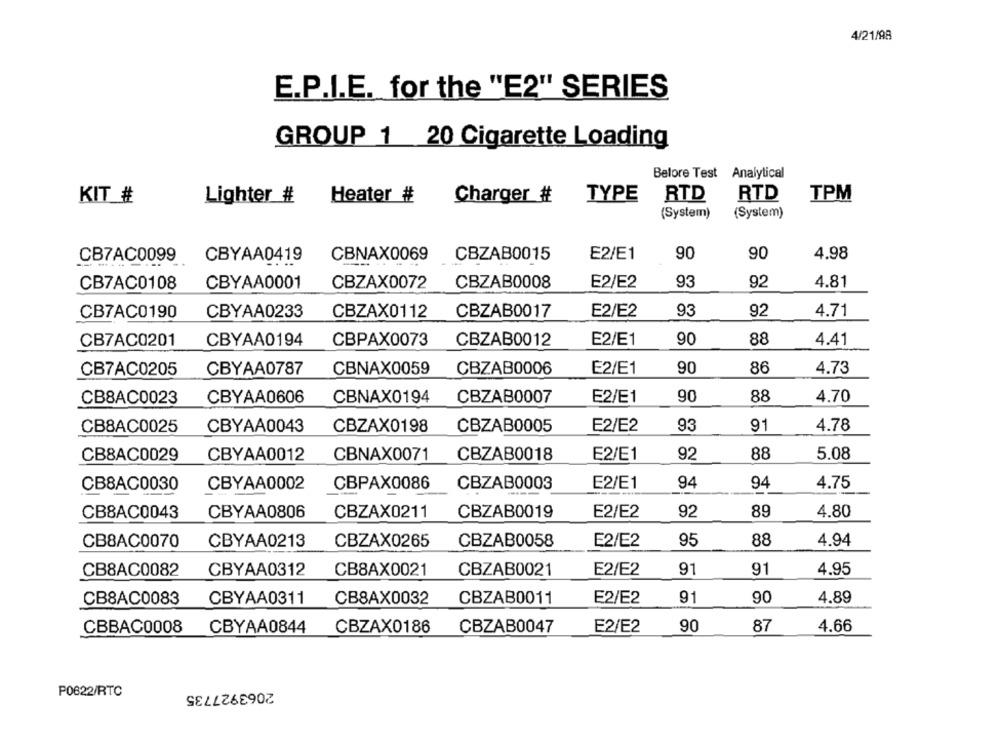
4/21/98
E.P.I.E. for the "E2" SERIES
GROUP 1 20 Cigarette Loading
Belore Test Analytical
KIT #
Lighter #
Heater #
Charger #
TYPE
RTD
RTD
TPM
(System)
(System)
CB7AC0099
CBYAA0419
CBNAX0069 CBZAB0015
E2/E1
90
90
4.98
CB7AC0108
CBYAA0001
CBZAX0072
CBZAB0008
E2/E2
93
92
4.81
4.71
CB7AC0190
CBYAA0233
CBZAX0112
CBZAB0017
E2/E2
93
92
CB7AC0201
90
88
4.41
CBYAA0194
CBPAX0073
CBZAB0012
E2/E1
CB7AC0205
CBYAA0787
CBNAX0059
CBZAB0006
E2/E1
90
86
4.73
CB8AC0023
CBYAA0606
CBNAX0194
CBZAB0007
E2/E1
90
88
4.70
CB8AC0025
CBYAA0043
CBZAX0198
CBZAB0005
E2/E2
93
91
4.78
CB8AC0029
CBYAA0012
CBNAX0071
CBZAB0018
E2/E1
92
88
5.08
CB8AC0030
CBYAA0002
CBPAX0086
CBZAB0003
E2/E1
94
94
4.75
4.80
CB8AC0043
CBYAA0806
CBZAX0211
CBZAB0019
E2/E2
92
89
95
4.94
CB8AC0070
CBYAA0213
CBZAX0265
CBZAB0058
E2/E2
88
CBYAA0312
CB8AX0021
CBZAB0021
E2/E2
91
91
4.95
CB8AC0082
CB8AC0083
CBYAA0311
CB8AX0032
CBZAB0011
E2/E2
91
90
4.89
CBBAC0008
CBYAA0844
CBZAX0186
CBZAB0047
E2/E2
90
87
4.66
2063927735
P0622/RTC